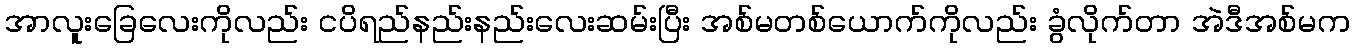
အာလူးခြေလေးကိုလည်း ငပိရည်နည်းနည်းလေးဆမ်းပြီး အစ်မတစ်ယောက်ကိုလည်း ခွံလိုက်တာ အဲဒီအစ်မက